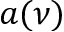
a ( \nu )